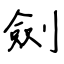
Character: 劍